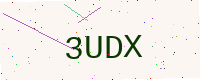
Text: 3UDX